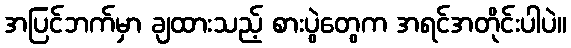
အပြင်ဘက်မှာ ချထားသည့် စားပွဲတွေက အရင်အတိုင်းပါပဲ။